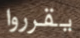
يقرروا